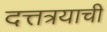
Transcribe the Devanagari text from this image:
दत्तत्रयाची